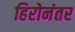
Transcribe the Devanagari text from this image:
हिरोनंतर